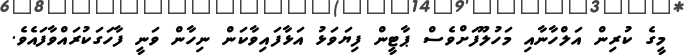
މީގެ ކުރިން އަލްހާނާއި މަހުލޫފަށްވެސް ޕާޓީން ފިޔަވަޅު އަޅާފައިވާކަން ނިހާން ވަނީ ފާހަގަކުރައްވާފައެވެ.